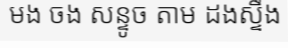
មង ចង សន្ទូច តាម ដងស្ទឹង